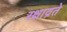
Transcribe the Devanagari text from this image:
रक्षाव्रते